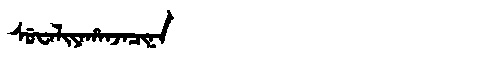
Manchu: ᠰᡠᠸᠠᠯᡳᠶᠠᡥᠠᠨᠵᠠᠴᡳᠨᠠ
Romanization: SUWALIYAHANJACINA